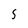
Character: S